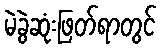
မဲခွဲဆုံးဖြတ်ရာတွင်